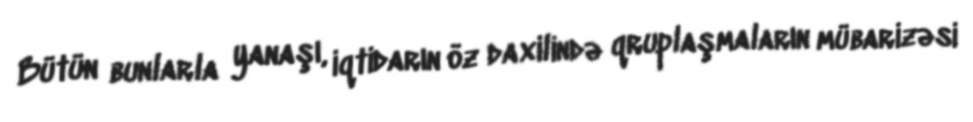
Bütün bunlarla yanaşı, iqtidarın öz daxilində qruplaşmaların mübarizəsi